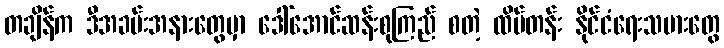
တချိန်က ဒီအခမ်းအနားတွေမှာ ဒေါ်အောင်ဆန်းစုကြည် စတဲ့ ထိပ်တန်း နိုင်ငံရေးသမားတွေ